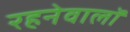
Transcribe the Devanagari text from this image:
रहनेवालॉ